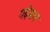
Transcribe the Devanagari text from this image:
गढ़ेवाल